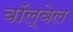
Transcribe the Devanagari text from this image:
वॉल्वेल